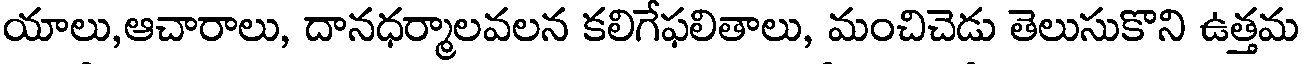
యాలు,ఆచారాలు, దానధర్మాలవలన కలిగేఫలితాలు, మంచిచెడు తెలుసుకొని ఉత్తమ